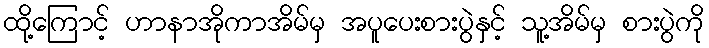
ထို့ကြောင့် ဟာနာအိုကာအိမ်မှ အပူပေးစားပွဲနှင့် သူ့အိမ်မှ စားပွဲကို